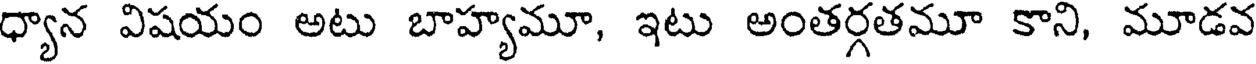
ధ్యాన విషయం అటు బాహ్యమూ, ఇటు అంతర్గతమూ కాని, మూడవ